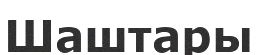
Шаштары